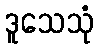
ဒူသေသုံ